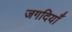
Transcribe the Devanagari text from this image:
जगदियाँ